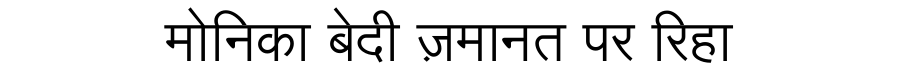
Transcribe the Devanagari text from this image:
मोनिका बेदी ज़मानत पर रिहा